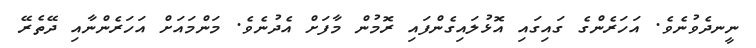
ނީނދެވުނެވެ. އަހަރެންގެ ގައިގައި އޮޅުލައިގެންފައި ރޮމުން މާފަށް އެދުނެވެ. މަންމައަށް އަހަރެންނާއި ދޭތެރޭ